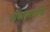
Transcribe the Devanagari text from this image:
भीष्मकाचीच